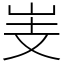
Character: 㞿